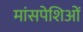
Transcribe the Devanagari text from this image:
मांसपेशिओं